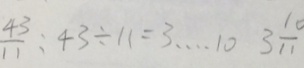
\frac { 4 3 } { 1 1 } : 4 3 \div 1 1 = 3 \cdots 1 0 3 \frac { 1 0 } { 1 1 }